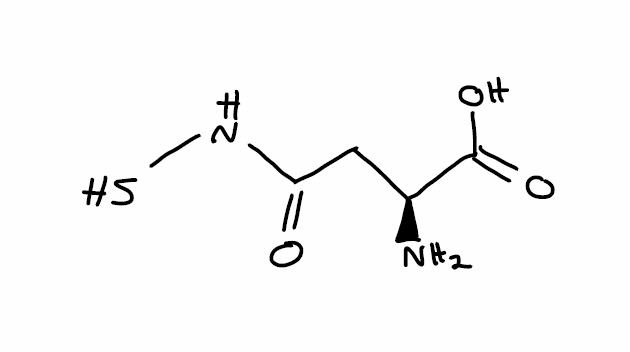
Simplified molecular-input line-entry system (SMILES) notation of the given molecule:
C([C@@H](C(=O)O)N)C(=O)NS